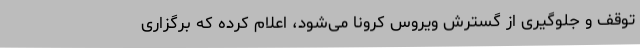
توقف و جلوگیری از گسترش ویروس کرونا می‌شود، اعلام کرده که برگزاری